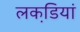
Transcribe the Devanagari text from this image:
लकडि़यां